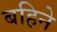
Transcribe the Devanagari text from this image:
बहिने